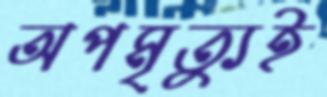
অপমৃত্যুই